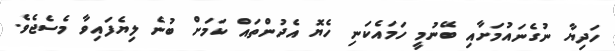
ހަދިޔާ ނުގެނައުމަށާއި ބޭނުމީ ހަމައެކަނި ހެޔޮ އެދުންތައް ކަމަށް ބުނެ ލިޔެފައިވާ މެސެޖެވެ.